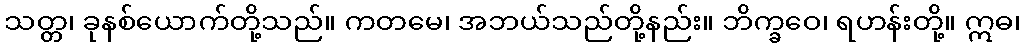
သတ္တ၊ ခုနစ်ယောက်တို့သည်။ ကတမေ၊ အဘယ်သည်တို့နည်း။ ဘိက္ခဝေ၊ ရဟန်းတို့။ ဣဓ၊